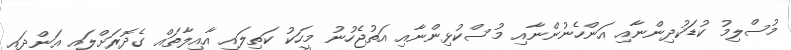
މުސްލިމު ކުޑަކުދިންނާއި އަންހެނުންނާއި މުސްކުޅިންނާއި އަތުޖެހުނު މީހަކު ކަތިލައި އާއިލާތައް ގެދޮރަށްލައި އަންދައި